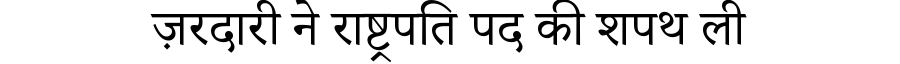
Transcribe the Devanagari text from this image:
ज़रदारी ने राष्ट्रपति पद की शपथ ली